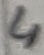
Text: 4